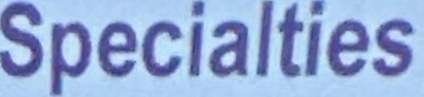
Specialties